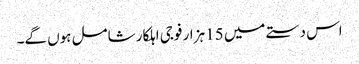
اس دستے میں 15 ہزار فوجی اہلکار شامل ہوں گے۔